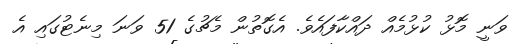
ވަނީ މޮޅު ކުޅުމެއް ދައްކާފައެވެ. އެގޮތުން މެޗުގެ 51 ވަނަ މިނެޓުގައި އެ